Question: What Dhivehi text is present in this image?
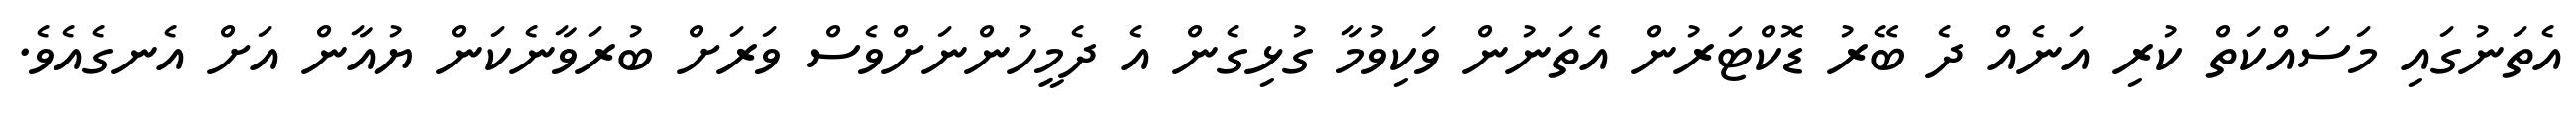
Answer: އެތަނުގައި މަސައްކަތް ކުރި އަނެއް ދެ ބޭރު ޑޮކްޓަރުން އެތަނުން ވަކިވުމާ ގުޅިގެން އެ ދެމީހުންނަށްވެސް ވަރަށް ބުރަވާނެކަން ޔުއާން އަށް އެނގެއެވެ.